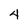
Character: 4